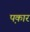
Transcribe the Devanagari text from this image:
प़कार